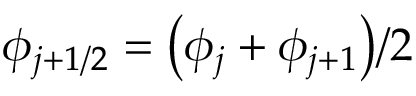
\displaystyle \phi _ { j + 1 / 2 } = \big ( \phi _ { j } + \phi _ { j + 1 } \big ) / 2